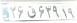
۲۶ق۶۲۹۱۹